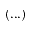
( . . . )